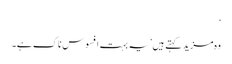
‘
وہ مزید کہتے ہیں ’یہ بہت افسوس ناک ہے۔